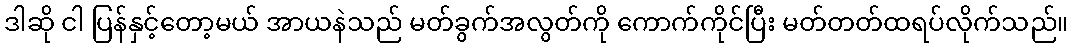
ဒါဆို ငါ ပြန်နှင့်တော့မယ် အာယနဲသည် မတ်ခွက်အလွတ်ကို ကောက်ကိုင်ပြီး မတ်တတ်ထရပ်လိုက်သည်။